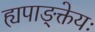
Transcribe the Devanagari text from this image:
ह्यपाङ्क्तेयः